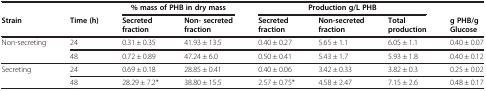
<table><thead><tr><td><b> </b></td><td><b> </b></td><td colspan="2"><b>% mass of PHB in dry mass</b></td><td colspan="3"><b>Production g/L PHB</b></td><td><b> </b></td></tr><tr><td><b>Strain</b></td><td><b>Time (h)</b></td><td><b>Secreted fraction</b></td><td><b>Non- secreted fraction</b></td><td><b>Secreted fraction</b></td><td><b>Non-secreted fraction</b></td><td><b>Total production</b></td><td><b>g PHB/g Glucose</b></td></tr></thead><tbody><tr><td>Non-secreting</td><td>24</td><td>0.31 ± 0.35</td><td>41.93 ± 13.5</td><td>0.40 ± 0.27</td><td>5.65 ± 1.1</td><td>6.05 ± 1.1</td><td>0.40 ± 0.07</td></tr><tr><td> </td><td>48</td><td>0.72 ± 0.89</td><td>47.24 ± 6.0</td><td>0.50 ± 0.41</td><td>5.43 ± 1.7</td><td>5.93 ± 1.8</td><td>0.40 ± 0.12</td></tr><tr><td>Secreting</td><td>24</td><td>0.69 ± 0.18</td><td>28.85 ± 0.41</td><td>0.40 ± 0.06</td><td>3.42 ± 0.33</td><td>3.82 ± 0.3</td><td>0.25 ± 0.02</td></tr><tr><td> </td><td>48</td><td>28.29 ± 7.2*</td><td>38.80 ± 15.5</td><td>2.57 ± 0.75*</td><td>4.58 ± 2.47</td><td>7.15 ± 2.6</td><td>0.48 ± 0.17</td></tr></tbody></table>